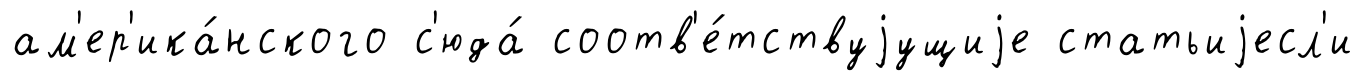
ам'ер'ика́нского с'юда́ соотв'е́тствуjущиjе статьиjесл'и